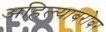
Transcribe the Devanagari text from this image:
अहिल्याबरोबर